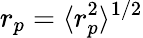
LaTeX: r_{p}=\langle r_{p}^{2}\rangle^{1/2}